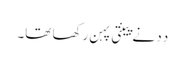
دِدِ نے پینتی پہن رکھا تھا۔